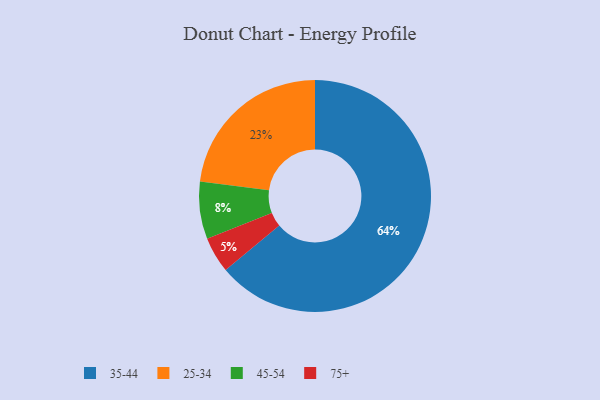
{"axis": {"x": "Category", "y": "Percentage"}, "legend": ["25-34", "35-44", "45-54", "75+"], "data": [{"x": "35-44", "y": 64, "type": "35-44"}, {"x": "45-54", "y": 8, "type": "45-54"}, {"x": "75+", "y": 5, "type": "75+"}, {"x": "25-34", "y": 23, "type": "25-34"}]}